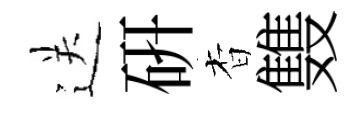
送硏杳䨇